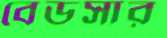
বেডসার